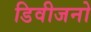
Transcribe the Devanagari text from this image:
डिवीजनो